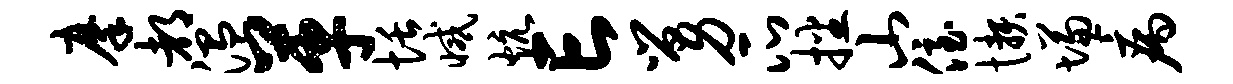
摩都温革恬减炕亡舅瓜播山侄懒慊病